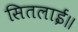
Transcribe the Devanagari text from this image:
सितलाई॥